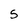
Character: 5